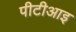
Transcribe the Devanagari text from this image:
पीटीआइ